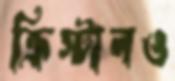
ক্রিস্টালও